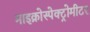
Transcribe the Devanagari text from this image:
माइक्रोस्पेक्ट्रोमीटर